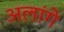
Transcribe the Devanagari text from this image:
अलांगे